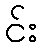
င်း